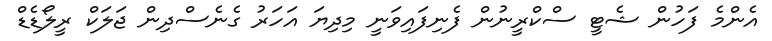
އެންމެ ފަހުން ޝެޓީ ސްކްރީނުން ފެނިފައިވަނީ މިދިޔަ އަހަރު ގެނެސްދިން ޖަލަކް ރީލޯޑެޑް